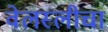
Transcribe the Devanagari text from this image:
वेलस्लीचा